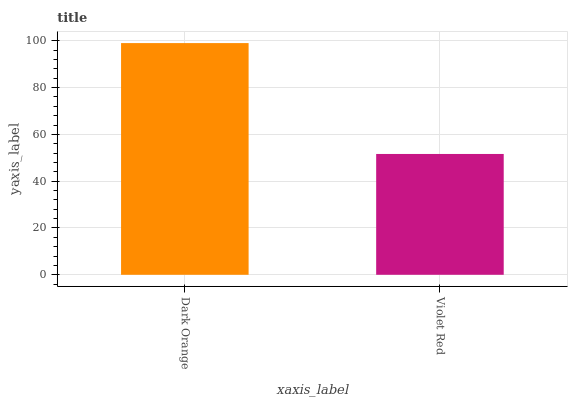
| xaxis_label | bars |
 | --- | --- |
 | Dark Orange | 99 |
 | Violet Red | 51.6 |